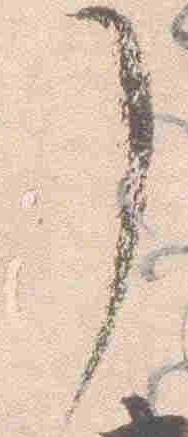
了